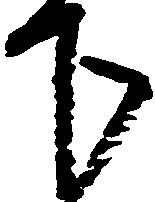
下